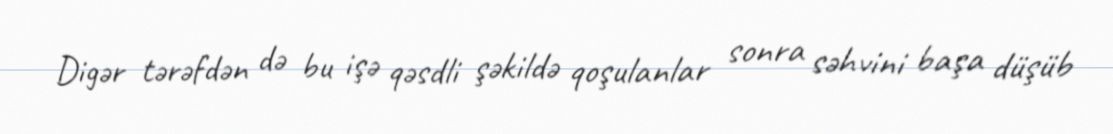
Digər tərəfdən də bu işə qəsdli şəkildə qoşulanlar sonra səhvini başa düşüb